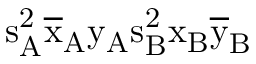
\mathrm { s _ { A } ^ { 2 } \mathrm { \overline { { x } } _ { A } \mathrm { y _ { A } \mathrm { s _ { B } ^ { 2 } \mathrm { x _ { B } \mathrm { \overline { { y } } _ { B } } } } } } }